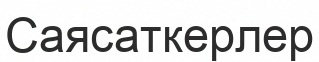
Саясаткерлер